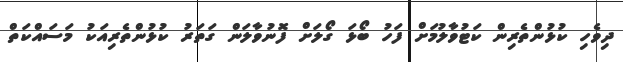
ދިވެހި ކުޅުންތެރިން ކަޓުވާލުމަށް ފަހު ބޯޅަ ގޯލަށް ފޮނުވާލަން ގަތަރު ކުޅުންތެރިއަކު މަސައްކަތް